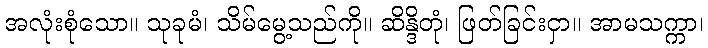
အလုံးစုံသော။ သုခုမံ၊ သိမ်မွေ့သည်ကို။ ဆိန္ဒိတုံ၊ ဖြတ်ခြင်းငှာ။ အာမသက္ကာ၊